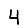
Digit: 4